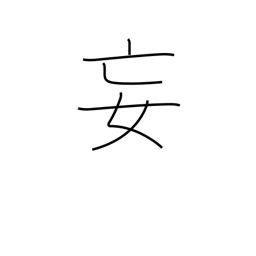
Meaning: delusion